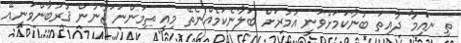
ތި ނައިމާ ދާއިތަ ބުނާކަމަށްވަނީ އުމުރަށް ބަލާނެކަމެއްނެތޭ މިއީ ތިމަންނަ ަޖާނުން ޤުރުބާންވަނީއޭ